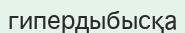
гипердыбысқа